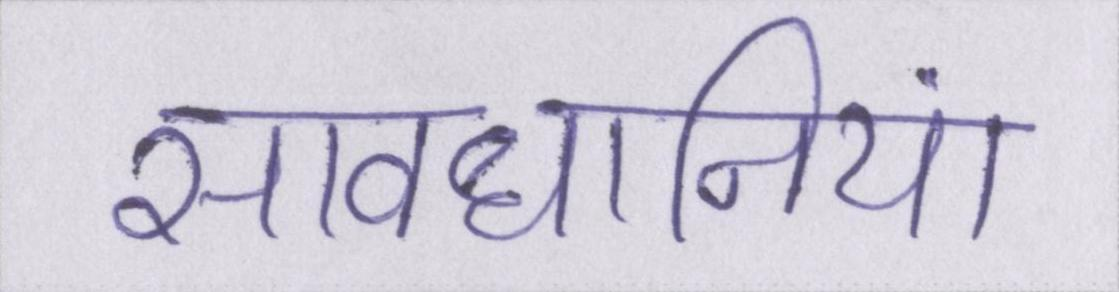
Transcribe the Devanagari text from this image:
सावधानियां